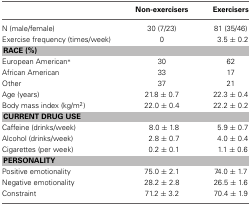
|  | Non-exercisers | Exercisers |
 | --- | --- | --- |
 | N (male/female) | 30 (7/23) | 81 (35/46) |
 | Exercise frequency (times/week) | 0 | 3.5 ± 0.2 |
 | <COLSPAN=3> RACE (%) |
 | European American* | 30 | 62 |
 | African American | 33 | 17 |
 | Other | 37 | 21 |
 | Age (years) | 21.8 ± 0.7 | 22.3 ± 0.4 |
 | Body mass index (kg/m2) | 22.0 ± 0.4 | 22.2 ± 0.2 |
 | <COLSPAN=3> CURRENT DRUG USE |
 | Caffeine (drinks/week) | 8.0 ± 1.8 | 5.9 ± 0.7 |
 | Alcohol (drinks/week) | 2.8 ± 0.7 | 4.0 ± 0.4 |
 | Cigarettes (per week) | 0.2 ± 0.1 | 1.1 ± 0.6 |
 | <COLSPAN=3> PERSONALITY |
 | Positive emotionality | 75.0 ± 2.1 | 74.0 ± 1.7 |
 | Negative emotionality | 28.2 ± 2.8 | 26.5 ± 1.6 |
 | Constraint | 71.2 ± 3.2 | 70.4 ± 1.9 |